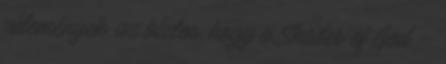
vélemények, az biztos, hogy a Shades of God –